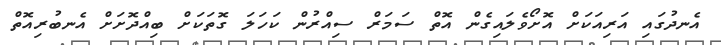
އެނދުގައި އަރިއަކަށް އޮށޯވެލައިގެން އޮތް ސަމަރް ސިއްރުން ކަހަލަ ގޮތަކަށް ބިއްދޮށަށް އެނބުރިއޮތް